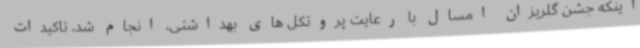
اینکه جشن گلریزان امسال با رعایت پروتکل های بهداشتی، انجام شد، تاکیدات